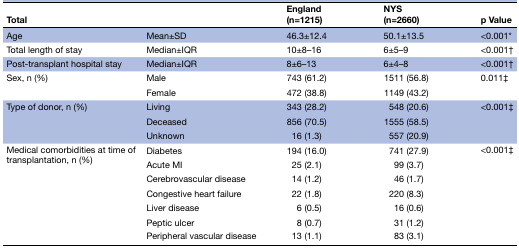
| <COLSPAN=2> Total | England (n=1215) | NYS (n=2660) | p Value |
 | --- | --- | --- | --- | --- |
 | Age | Mean±SD | 46.3±12.4 | 50.1±13.5 | <0.001* |
 | Total length of stay | Median±IQR | 10±8–16 | 6±5–9 | <0.001† |
 | Post-transplant hospital stay | Median±IQR | 8±6–13 | 6±4–8 | <0.001† |
 | <ROWSPAN=2> Sex, n (%) | Male | 743 (61.2) | 1511 (56.8) | <ROWSPAN=2> 0.011‡ |
 | Female | 472 (38.8) | 1149 (43.2) |
 | <ROWSPAN=3> Type of donor, n (%) | Living | 343 (28.2) | 548 (20.6) | <ROWSPAN=3> <0.001‡ |
 | Deceased | 856 (70.5) | 1555 (58.5) |
 | Unknown | 16 (1.3) | 557 (20.9) |
 | <ROWSPAN=7> Medical comorbidities at time of transplantation, n (%) | Diabetes | 194 (16.0) | 741 (27.9) | <ROWSPAN=7> <0.001‡ |
 | Acute MI | 25 (2.1) | 99 (3.7) |
 | Cerebrovascular disease | 14 (1.2) | 46 (1.7) |
 | Congestive heart failure | 22 (1.8) | 220 (8.3) |
 | Liver disease | 6 (0.5) | 16 (0.6) |
 | Peptic ulcer | 8 (0.7) | 31 (1.2) |
 | Peripheral vascular disease | 13 (1.1) | 83 (3.1) |